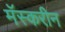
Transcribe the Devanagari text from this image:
मॅस्करीन